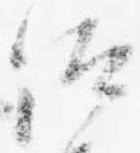
仰